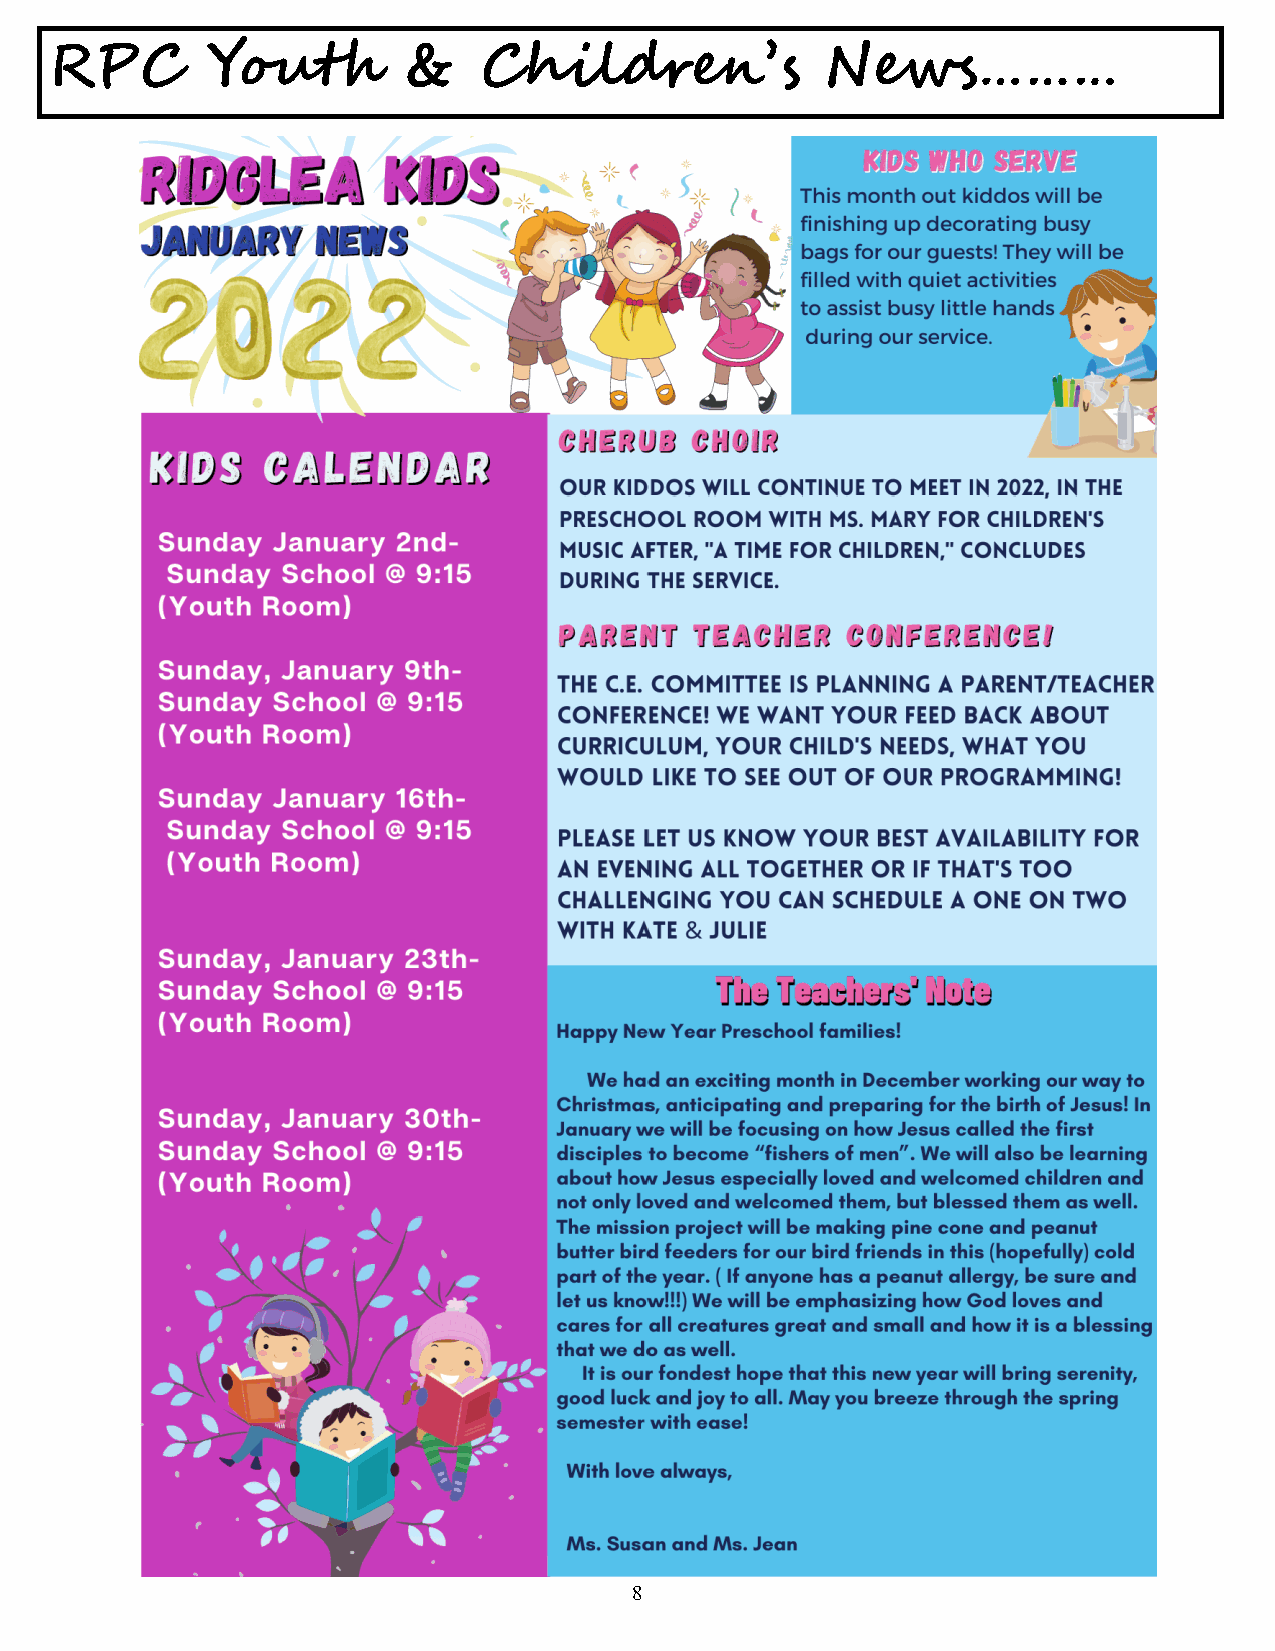
R  P  C    Youth        &    Children’s             News………
 8